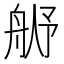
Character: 𬜓